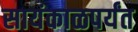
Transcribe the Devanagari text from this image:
सायंकाळपर्यंत